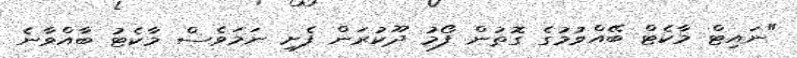
"ނައިޓް މާކެޓް ބޭއްވުމުގެ ގޮތުން ފޯމު ދޫކުރަން ފެށި ނަމަވެސް މާކެޓު ބާއްވާނެ